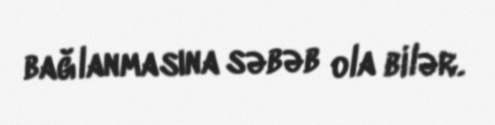
bağlanmasına səbəb ola bilər.